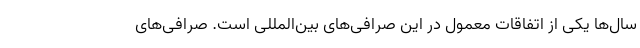
سال‌ها یکی از اتفاقات معمول در این صرافی‌های بین‌المللی است. صرافی‌های